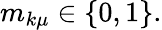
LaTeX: m_{k\mu}\in\left\{ 0,1\right\} .